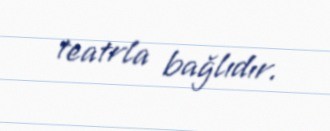
teatrla bağlıdır.